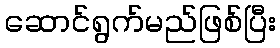
ဆောင်ရွက်မည်ဖြစ်ပြီး